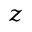
_ z